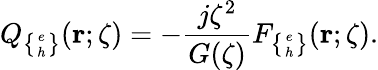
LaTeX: Q_{\left\{ e\atop h\right\} }({\mathbf r};\zeta)=-\frac{j\zeta^{2}}{G(\zeta)}F_{\left\{ e\atop h\right\} }({\mathbf r};\zeta).